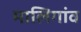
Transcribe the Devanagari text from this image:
मालिगांव